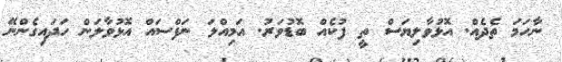
ނާހަމަ ތެދެއް. އޮޅުވާލިޔަސް ތީ ފުކެއް ބޮޑުވަރު. އަމިއްލަ ނަފްސައް އޮޅުވާލަން ހަދައިގެންނޭ